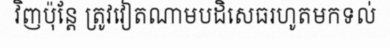
វិញប៉ុន្តែ ត្រូវវៀតណាមបដិសេធរហូតមកទល់